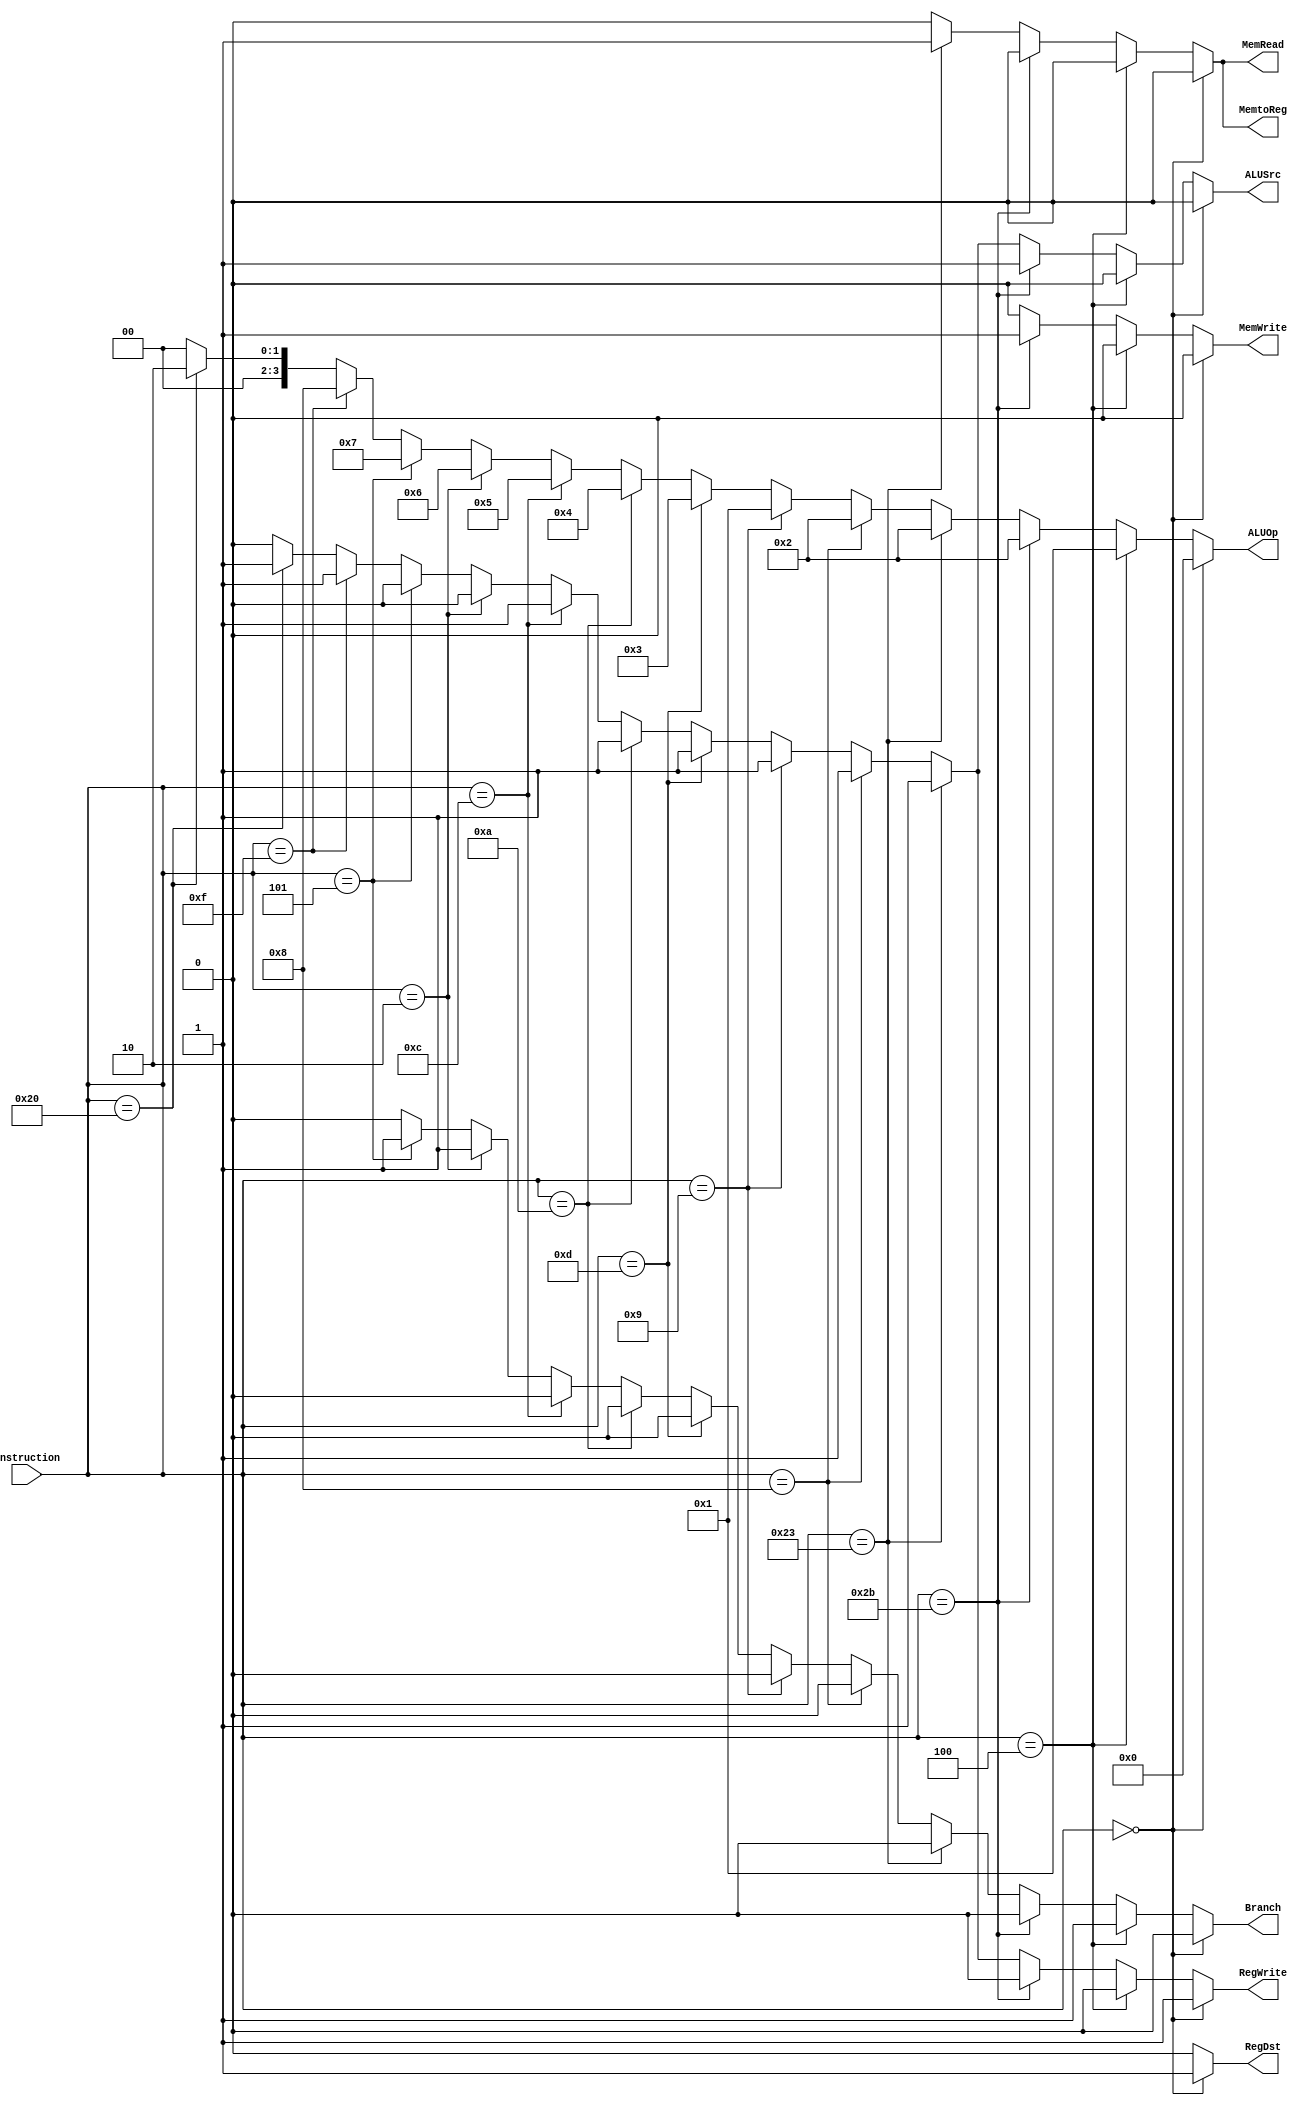
`timescale 1ns / 1ns

module control(
		input [5:0] instruction,
		output reg [3:0] ALUOp,
		output reg MemRead,
		output reg MemtoReg,
		output reg RegDst,
		output reg Branch, 
		output reg ALUSrc,
		output reg MemWrite,
		output reg RegWrite
		);


always @(*) begin
		if (instruction == 6'b00_0000) begin				//RType
            ALUOp = 4'b0000;
            MemRead = 1'b0;
            MemtoReg = 1'b0;
            RegDst = 1'b1;
            Branch = 1'b0;		
            ALUSrc = 1'b0;
            MemWrite = 1'b0;
            RegWrite = 1'b1;
		end else if (instruction == 6'b00_0100) begin   //branch
            ALUOp = 4'b0001;
            MemRead = 1'b0;
            MemtoReg = 1'b0;
            RegDst = 1'b0;
            Branch = 1'b1;		
            ALUSrc = 1'b0;
            MemWrite = 1'b0;
            RegWrite = 1'b0;
		end else if (instruction == 6'b10_1011) begin   // sw
            ALUOp = 4'b0010;
            MemRead = 1'b0;
            MemtoReg = 1'b0;
            RegDst = 1'b0;
            Branch = 1'b0;		
            ALUSrc = 1'b1;
            MemWrite = 1'b1;
            RegWrite = 1'b0;
		end else if (instruction == 6'b10_0011) begin   // lw
            ALUOp = 4'b0010;
            MemRead = 1'b1;
            MemtoReg = 1'b1;
            RegDst = 1'b0;
            Branch = 1'b0;		
            ALUSrc = 1'b1;
            MemWrite = 1'b0;
            RegWrite = 1'b1;
		end else if (instruction == 6'b00_1000) begin  // addi
		    ALUOp = 4'b0010;
		    MemRead = 1'b0;
		    MemtoReg = 1'b0;
		    RegDst = 1'b0;
		    Branch = 1'b0;
		    ALUSrc = 1'b1;
		    MemWrite = 1'b0;
		    RegWrite = 1'b1;
		end else if (instruction == 6'b00_1001) begin  // subi
		    ALUOp = 4'b0001;
		    MemRead = 1'b0;
		    MemtoReg = 1'b0;
		    RegDst = 1'b0;
		    Branch = 1'b0;
		    ALUSrc = 1'b1;
		    MemWrite = 1'b0;
		    RegWrite = 1'b1;
		end else if (instruction == 6'b00_1101) begin  // ori
		    ALUOp = 4'b0011;
		    MemRead = 1'b0;
		    MemtoReg = 1'b0;
		    RegDst = 1'b0;
		    Branch = 1'b0;
		    ALUSrc = 1'b1;
		    MemWrite = 1'b0;
		    RegWrite = 1'b1;
		end else if (instruction == 6'b00_1010) begin  // slti
		    ALUOp = 4'b0100;
		    MemRead = 1'b0;
		    MemtoReg = 1'b0;
		    RegDst = 1'b0;
		    Branch = 1'b0;
		    ALUSrc = 1'b1;
		    MemWrite = 1'b0;
		    RegWrite = 1'b1;
		end else if (instruction == 6'b00_1100) begin  // andi
		    ALUOp = 4'b0101;
		    MemRead = 1'b0;
		    MemtoReg = 1'b0;
		    RegDst = 1'b0;
		    Branch = 1'b0;
		    ALUSrc = 1'b1;
		    MemWrite = 1'b0;
		    RegWrite = 1'b1;
		end else if (instruction == 6'b00_0010) begin  // j
		    ALUOp = 4'b0110;
		    MemRead = 1'b0;
		    MemtoReg = 1'b0;
		    RegDst = 1'b0;
		    Branch = 1'b1;
		    ALUSrc = 1'b0;
		    MemWrite = 1'b0;
		    RegWrite = 1'b0;
//		end else if (instruction == 6'b00_1000) begin  // jr
//		    ALUOp = 4'b0110;
//		    MemRead = 1'b0;
//		    MemtoReg = 1'b0;
//		    RegDst = 1'b0;
//		    Branch = 1'b1;
//		    ALUSrc = 1'b0;
//		    MemWrite = 1'b0;
//		    RegWrite = 1'b0;
		end else if (instruction == 6'b00_0101) begin  // bne
		    ALUOp = 4'b0111;
		    MemRead = 1'b0;
		    MemtoReg = 1'b0;
		    RegDst = 1'b0;
		    Branch = 1'b1;
		    ALUSrc = 1'b0;
		    MemWrite = 1'b0;
		    RegWrite = 1'b0;
		end else if (instruction == 6'b00_1111) begin  // lui
		    ALUOp = 4'b1000;
		    MemRead = 1'b0;
		    MemtoReg = 1'b0;
		    RegDst = 1'b0;
		    Branch = 1'b0;
		    ALUSrc = 1'b1;
		    MemWrite = 1'b0;
		    RegWrite = 1'b1;
		end else if (instruction == 6'b10_0000) begin  // mov
		    ALUOp = 4'b0010;
		    MemRead = 1'b0;
		    MemtoReg = 1'b0;
		    RegDst = 1'b0;
		    Branch = 1'b0;
		    ALUSrc = 1'b1;
		    MemWrite = 1'b0;
		    RegWrite = 1'b1;
		end else begin
            ALUOp = 4'b0000;
            MemRead = 1'b0;
            MemtoReg = 1'b0;
            RegDst = 1'b0;
            Branch = 1'b0;		
            ALUSrc = 1'b0;
            MemWrite = 1'b0;
            RegWrite = 1'b0;
		end
	
	
end
endmodule